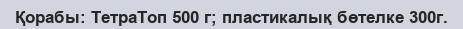
Қорабы: ТетраТоп 500 г; пластикалық бөтелке 300г.